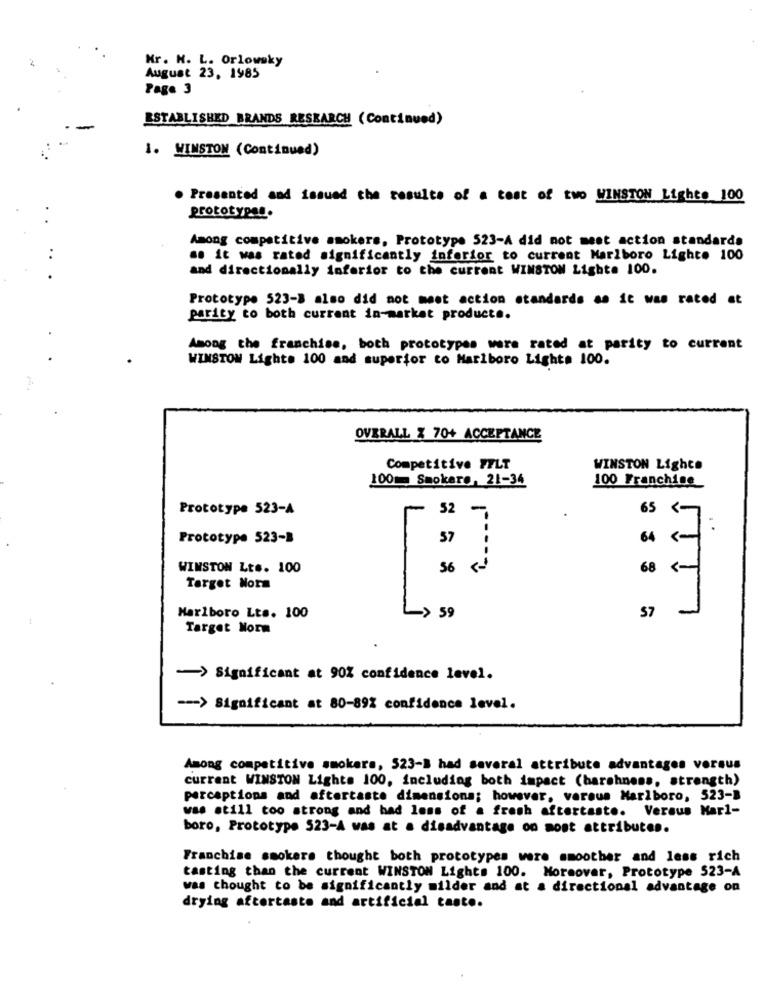
Mr. N. L. Orlowsky
August 23. 1985
Page 3
ESTABLISHED BRANDS RESEARCH (Continued)
1. WINSTON (Continued)
Presented and issued the results of a test of two WINSTON Lights 100
prototypes.
Among competitive smokers, Prototype 523-A did not meet action standards
..
.. it was rated significantly inferior to current Marlboro Light. 100
and directionally inferior to the current WINSTON Lighta 100.
Prototype 523-B also did not meet action standards as it was rated et
parity to both current in-market product ..
Among the franchise, both prototypes were rated at parity to current
WINSTON Lights 100 and superior to Marlboro Lights 100.
OVERALL Z 70+ ACCEPTANCE
Competitive FFLT
WINSTON Lights
1001 Smokere, 21-34
100 Franchise
Prototype 523-A
1
52 -
65 <7
. .
Prototype 523-B
57
WINSTON Lts. 100
56
68 <-
Target Norm
1
Marlboro Lts. 100
> 59
57
Target Norm
-> Significant at 90% confidence level.
--- > Significant at 80-89% confidence level.
Among competitive smokers, 523-B had several attribute advantages versus
current WINSTON Lights 100, including both impact (harshness, strength)
percaptions and aftertaste dimensions; however, versus Marlboro, 523-B
was still too strong and bad loss of a fresh aftertaste. Veraus Marl-
boro, Prototype 523-A was at a disadvantage on most attributes.
Franchise smokers thought both prototypes were smoother and less rich
tasting than the current WINSTON Lights 100. Moreover, Prototype 523-A
was thought to be significantly milder and at a directional advantage on
drying aftertaste and artificial taste.